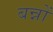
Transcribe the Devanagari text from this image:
बन्नों